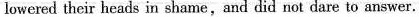
lowered their heads in shame,and did not dare to answer.